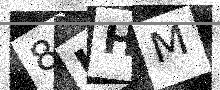
Text: 8UHM